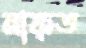
নাফ্ত